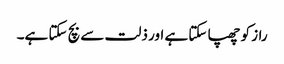
راز کو چھپا سکتا ہے اور ذلت سے بچ سکتا ہے۔